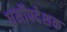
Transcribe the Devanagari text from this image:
धर्मोंपदेशक